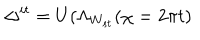
\Delta ^ { i t } = U ( \Lambda _ { W _ { s t } } ( \chi = 2 \pi t )